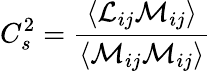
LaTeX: C_{s}^{2}={\frac{\left\langle{\mathcal{L}}_{ij}{\mathcal{M}}_{ij}\right\rangle}{\left\langle{\mathcal{M}}_{ij}{\mathcal{M}}_{ij}\right\rangle}}